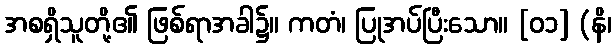
အစရှိသူတို့၏ ဖြစ်ရာအခါ၌။ ကတံ၊ ပြုအပ်ပြီးသော။ [၀၁] (နိ၊